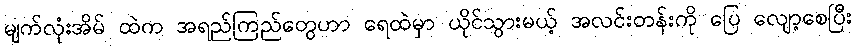
မျက်လုံးအိမ် ထဲက အရည်ကြည်တွေဟာ ရေထဲမှာ ယိုင်သွားမယ့် အလင်းတန်းကို ပြေ လျော့စေပြီး